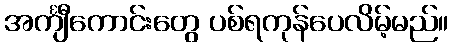
အင်္ကျီကောင်းတွေ ပစ်ရကုန်ပေလိမ့်မည်။